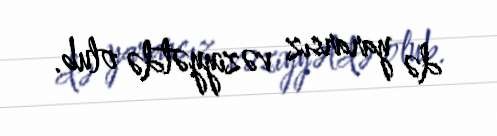
də yararsız vəziyyətdə olub.